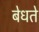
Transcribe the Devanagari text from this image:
बेधते